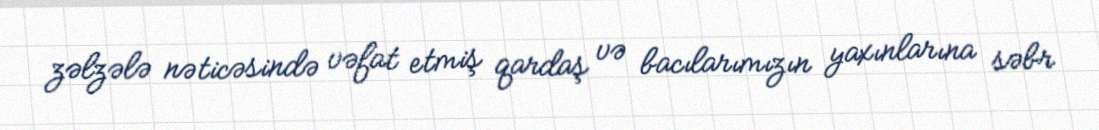
zəlzələ nəticəsində vəfat etmiş qardaş və bacılarımızın yaxınlarına səbr